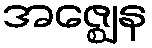
အဇ္ဈေန